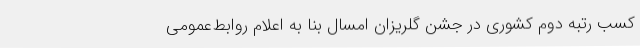
کسب رتبه دوم کشوری در جشن گلریزان امسال بنا به اعلام روابط‌عمومی